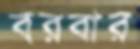
বরবার